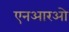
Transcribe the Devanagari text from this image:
एनआरओ